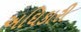
અઘિકારી